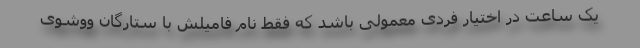
یک ساعت در اختیار فردی معمولی باشد که فقط نام فامیلش با ستارگان ووشوی